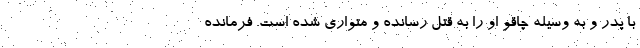
با پدر و به وسیله چاقو او را به قتل رسانده و متواری شده است. فرمانده